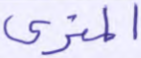
المتري